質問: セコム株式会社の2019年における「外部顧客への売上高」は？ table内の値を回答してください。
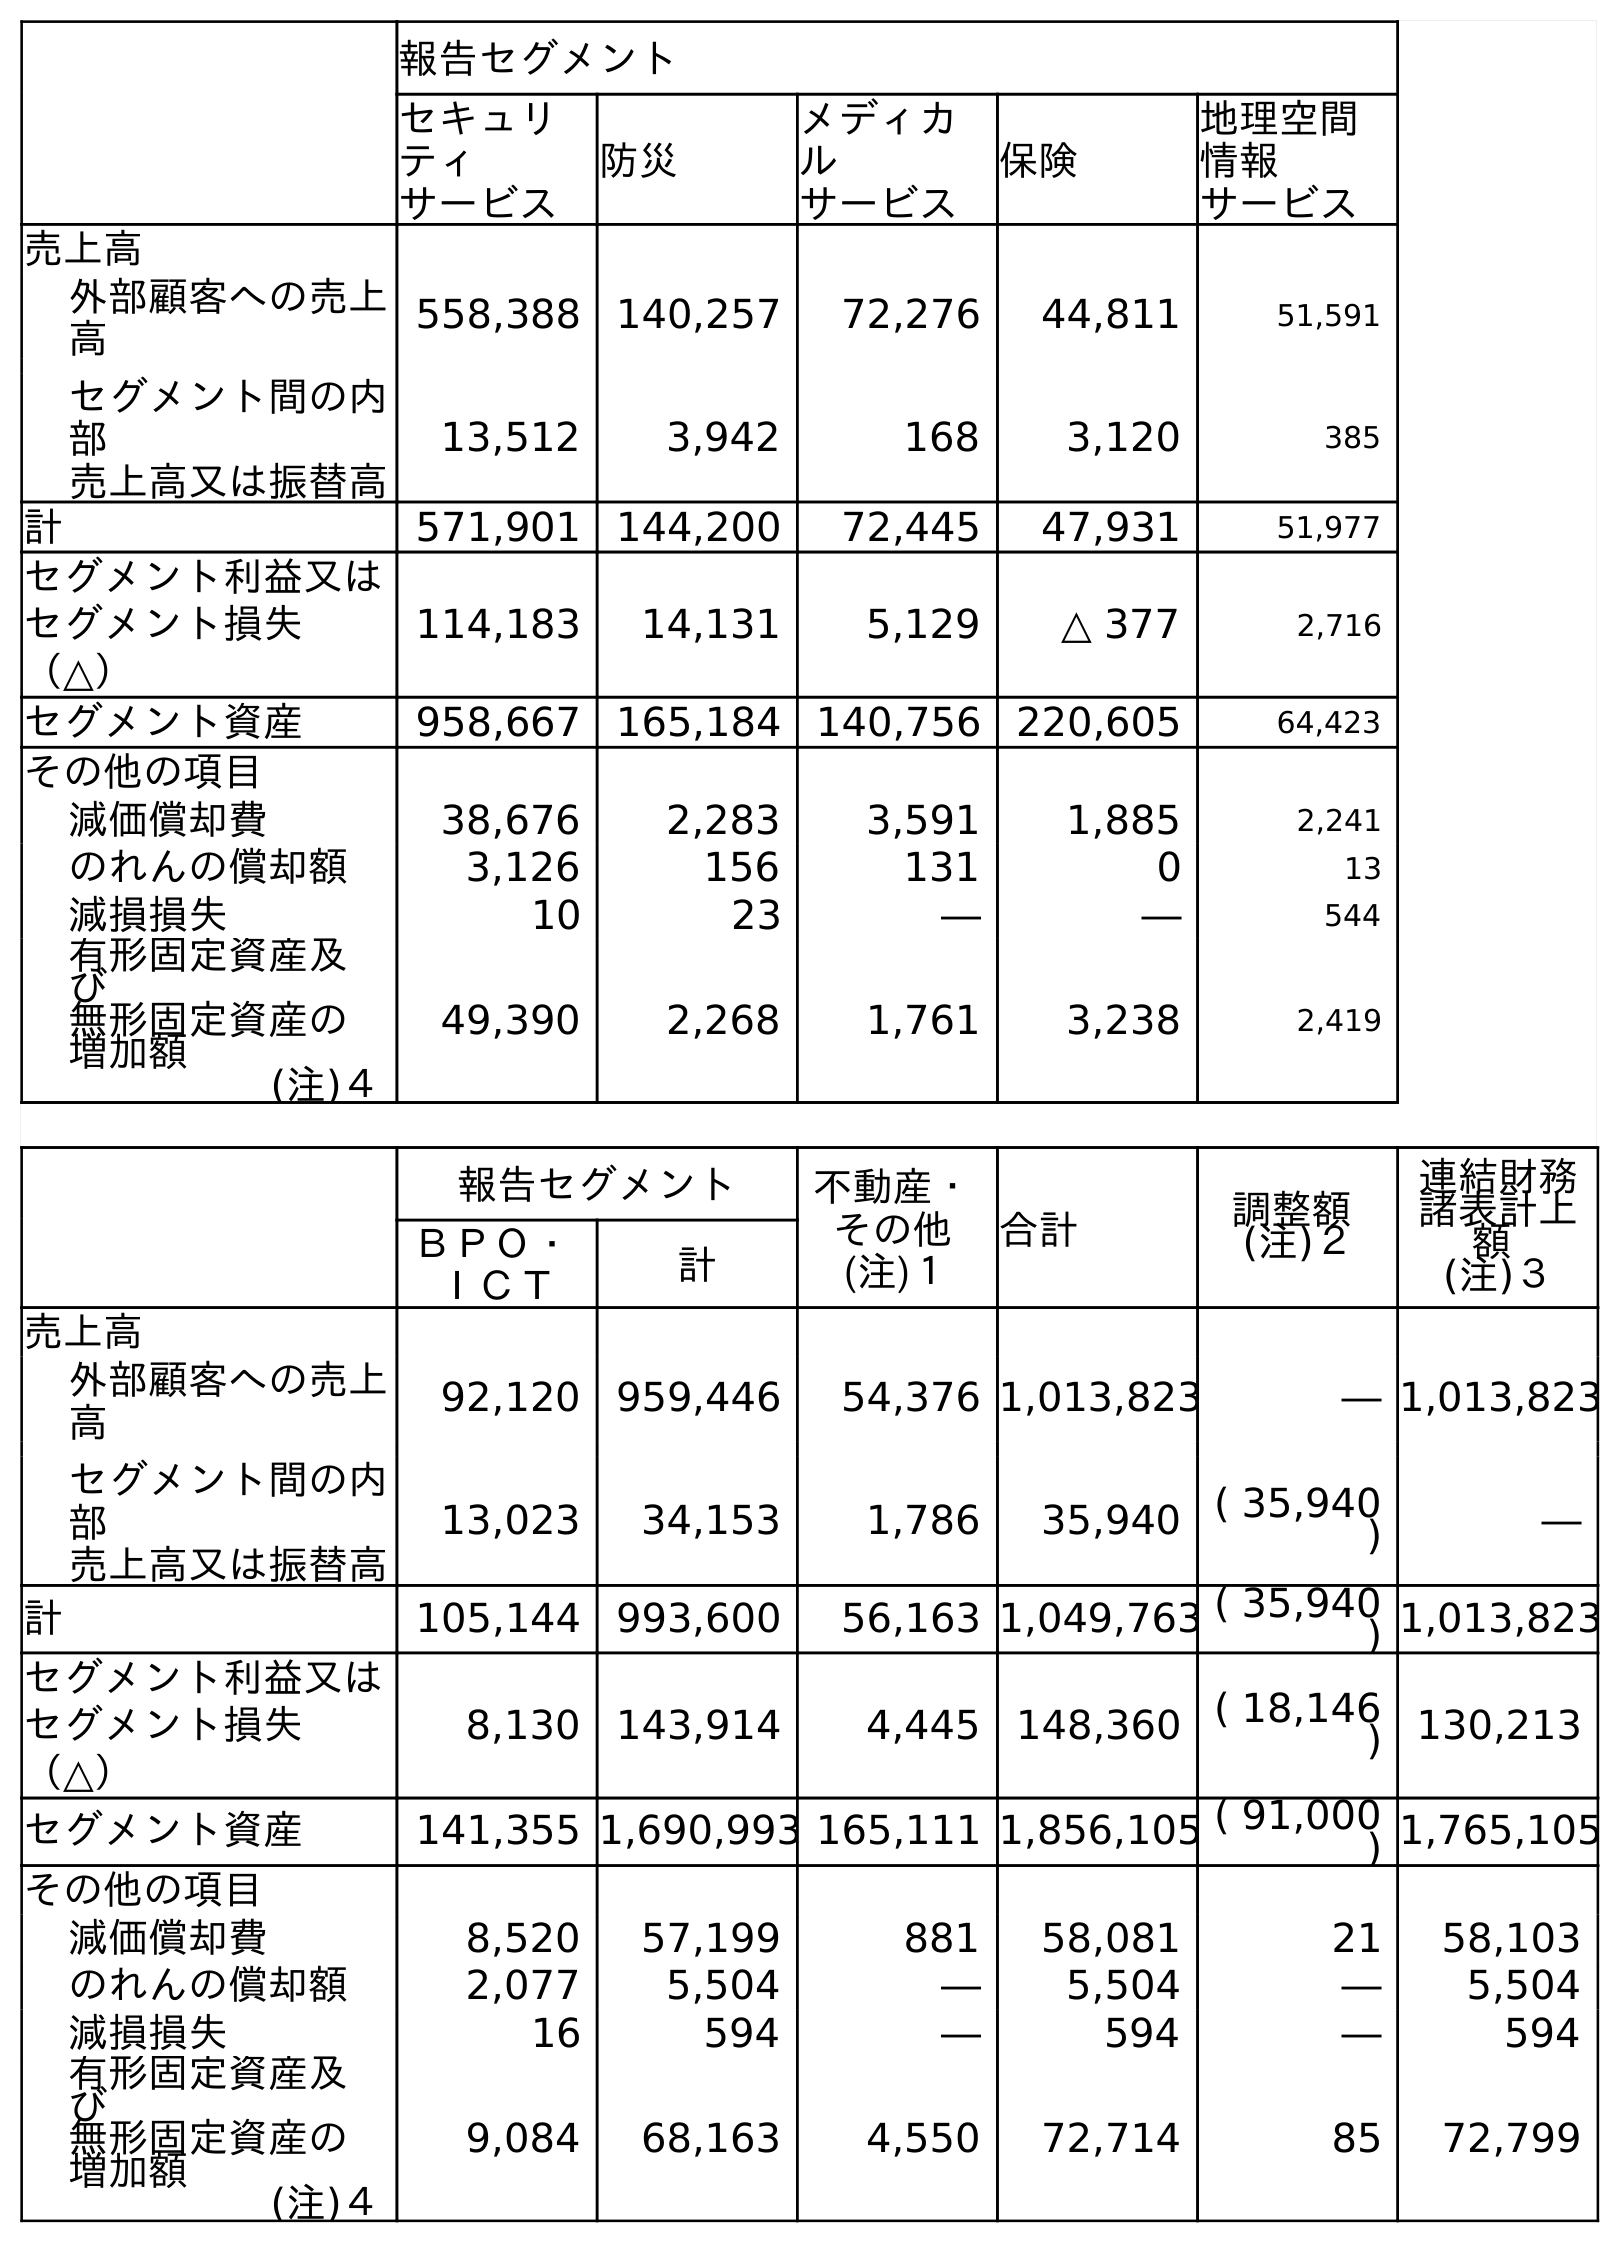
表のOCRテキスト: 報告セグメント セキュリ ティ サービス 防災 メディカ ル サービス 保険 地理空間 情報 サービス 売上高 外部顧客への売上 高 558,388 140,257 72,276 44,811 51,591 セグメント間の内 部 売上高又は振替高 13,512 3,942 168 3,120 385 計 571,901 144,200 72,445 47,931 51,977 セグメント利益又は セグメント損失 （△） 114,183 14,131 5,129 △ 377 2,716 セグメント資産 958,667 165,184 140,756 220,605 64,423 その他の項目 減価償却費 38,676 2,283 3,591 1,885 2,241 のれんの償却額 3,126 156 131 0 13 減損損失 10 23 ― ― 544 有形固定資産及 び 無形固定資産の 増加額 (注)４ 49,390 2,268 1,761 3,238 2,419 報告セグメント 不動産・ その他 (注)１ 合計 調整額 (注)２ 連結財務 諸表計上 額 (注)３ ＢＰＯ・ ＩＣＴ 計 売上高 外部顧客への売上 高 92,120 959,446 54,376 1,013,823 ― 1,013,823 セグメント間の内 部 売上高又は振替高 13,023 34,153 1,786 35,940 ( 35,940 ) ― 計 105,144 993,600 56,163 1,049,763 ( 35,940 ) 1,013,823 セグメント利益又は セグメント損失 （△） 8,130 143,914 4,445 148,360 ( 18,146 ) 130,213 セグメント資産 141,355 1,690,993 165,111 1,856,105 ( 91,000 ) 1,765,105 その他の項目 減価償却費 8,520 57,199 881 58,081 21 58,103 のれんの償却額 2,077 5,504 ― 5,504 ― 5,504 減損損失 16 594 ― 594 ― 594 有形固定資産及 び 無形固定資産の 増加額 (注)４ 9,084 68,163 4,550 72,714 85 72,799
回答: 1,013,823